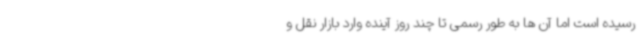
رسیده است اما آن ها به طور رسمی تا چند روز آینده وارد بازار نقل و